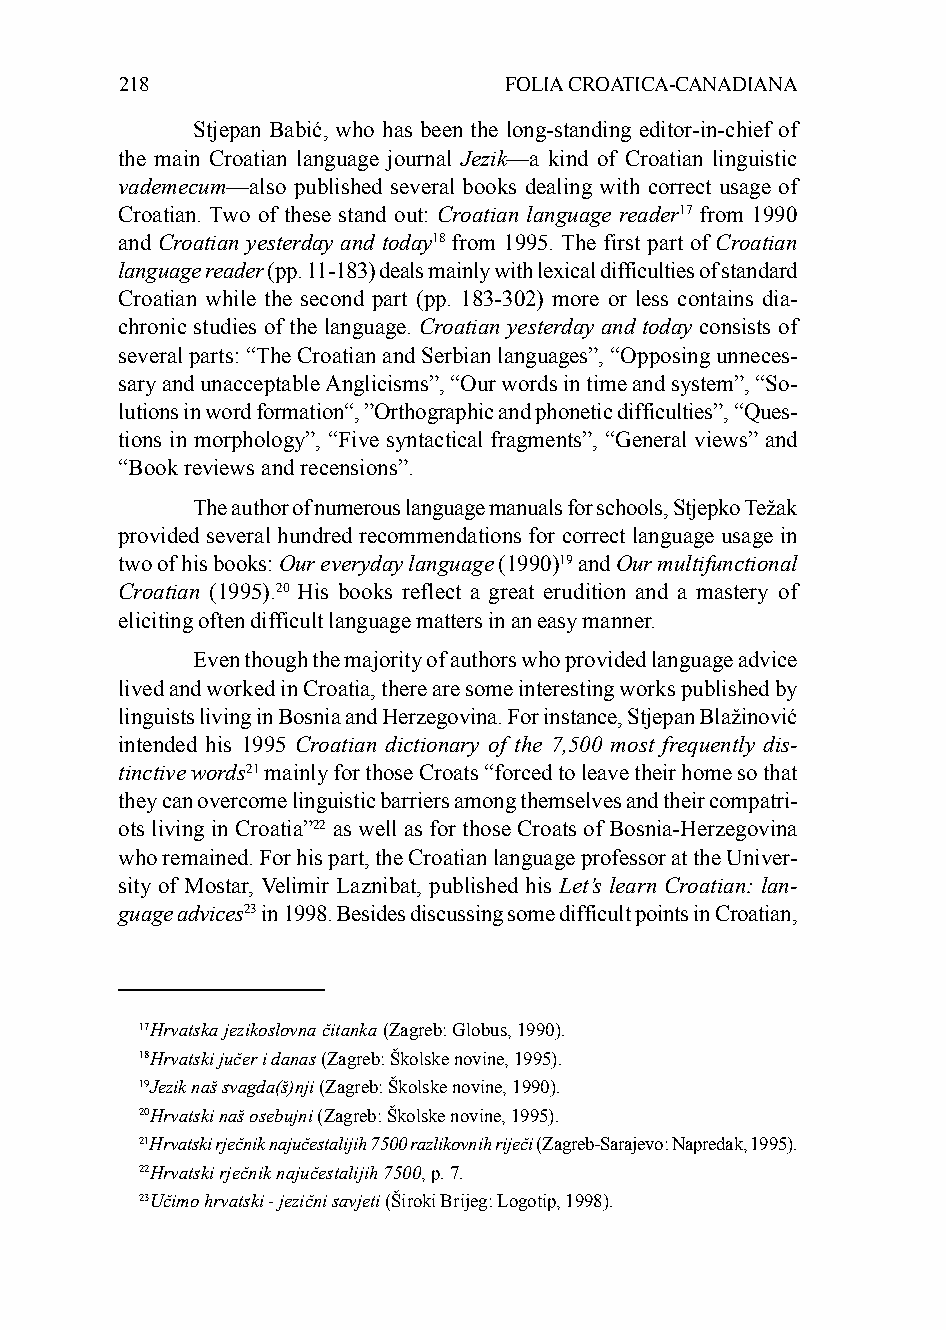
218                      FOLIA CROATICA-CANADIANA
 Stjepan Babić, who has been the long-standing editor-in-chief of
 the main Croatian language journal Jezik—a kind of Croatian linguistic
 vademecum—also published several books dealing with correct usage of
 Croatian. Two of these stand out: Croatian language reader17 from 1990
 and Croatian yesterday and today18 from 1995. The first part of Croatian
 language reader (pp. 11-183) deals mainly with lexical difficulties of standard
 Croatian while the second part (pp. 183-302) more or less contains dia-
 chronic studies of the language. Croatian yesterday and today consists of
 several parts: “The Croatian and Serbian languages”, “Opposing unneces-
 sary and unacceptable Anglicisms”, “Our words in time and system”, “So-
 lutions in word formation“, ”Orthographic and phonetic difficulties”, “Ques-
 tions in morphology”, “Five syntactical fragments”, “General views” and
 “Book reviews and recensions”.
 The author of numerous language manuals for schools, Stjepko Težak
 provided several hundred recommendations for correct language usage in
 two of his books: Our everyday language (1990)19 and Our multifunctional
 Croatian (1995).20 His books reflect a great erudition and a mastery of
 eliciting often difficult language matters in an easy manner.
 Even though the majority of authors who provided language advice
 lived and worked in Croatia, there are some interesting works published by
 linguists living in Bosnia and Herzegovina. For instance, Stjepan Blažinović
 intended his 1995 Croatian dictionary of the 7,500 most frequently dis-
 tinctive words21 mainly for those Croats “forced to leave their home so that
 they can overcome linguistic barriers among themselves and their compatri-
 ots living in Croatia”22 as well as for those Croats of Bosnia-Herzegovina
 who remained. For his part, the Croatian language professor at the Univer-
 sity of Mostar, Velimir Laznibat, published his Let’s learn Croatian: lan-
 guage advices23 in 1998. Besides discussing some difficult points in Croatian,
 17Hrvatska jezikoslovna čitanka (Zagreb: Globus, 1990).
 18Hrvatski jučer i danas (Zagreb: Školske novine, 1995).
 19Jezik naš svagda(š)nji (Zagreb: Školske novine, 1990).
 20Hrvatski naš osebujni (Zagreb: Školske novine, 1995).
 21Hrvatski rječnik najučestalijih 7500 razlikovnih riječi (Zagreb-Sarajevo: Napredak, 1995).
 22Hrvatski rječnik najučestalijih 7500, p. 7.
 23Učimo hrvatski - jezični savjeti (Široki Brijeg: Logotip, 1998).